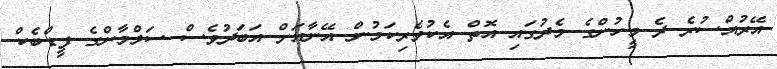
އޭރުއްސުރެ ދެ މީހުންގެ މެދުގައި އޮތް އެކުވެރިކަމުން އޭނާއަށް އަބަދުވެސް ސަލްމާންގެ ފީޑްބެކް